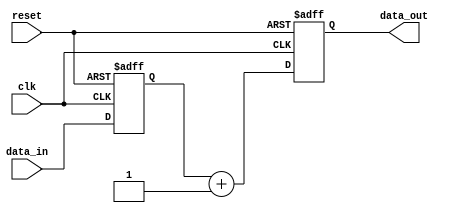
module negative_edge_sensitive_block (
    input wire clk,          // Clock signal
    input wire reset,        // Reset signal
    input wire [3:0] data_in, // Input data
    output reg [3:0] data_out // Output data
);

    // State variable
    reg [3:0] state;

    // Initial condition
    initial begin
        state = 4'b0000; // Initialize state
        data_out = 4'b0000; // Initialize output
    end

    // Process triggered on the negative edge of the clock
    always @(negedge clk or posedge reset) begin
        if (reset) begin
            // Reset condition
            state <= 4'b0000; // Reset state
            data_out <= 4'b0000; // Reset output
        end else begin
            // Update state based on input data
            state <= data_in; // Update state with input data
            // Generate output based on state
            data_out <= state + 1; // Example output logic
        end
    end

endmodule